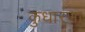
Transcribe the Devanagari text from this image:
कुधारणा